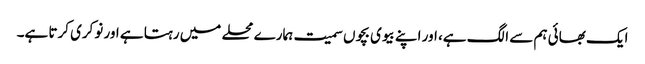
ایک بھائی ہم سے الگ ہے، اور اپنے بیوی بچوں سمیت ہمارے محلے میں رہتا ہے اور نوکری کرتا ہے۔